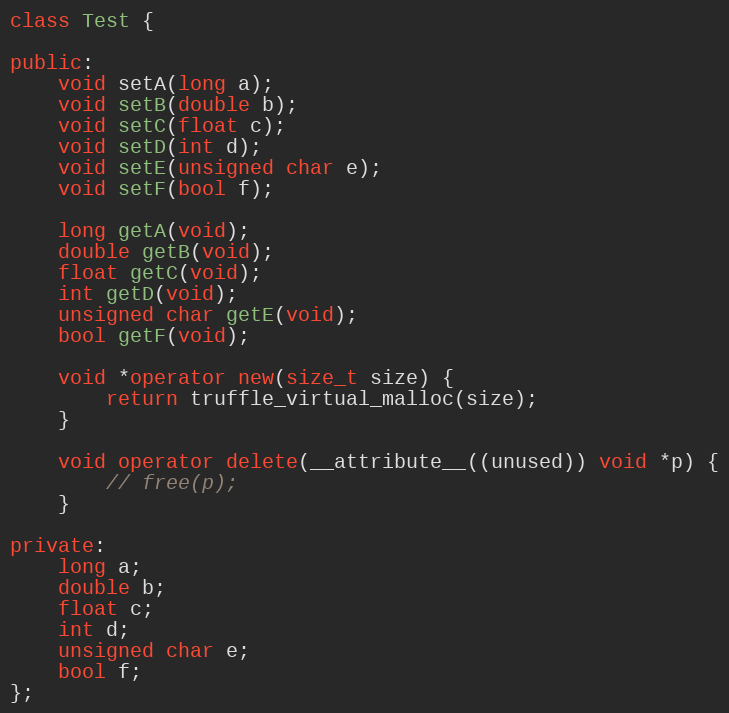
Language: C++
class Test {

public:
    void setA(long a);
    void setB(double b);
    void setC(float c);
    void setD(int d);
    void setE(unsigned char e);
    void setF(bool f);

    long getA(void);
    double getB(void);
    float getC(void);
    int getD(void);
    unsigned char getE(void);
    bool getF(void);

    void *operator new(size_t size) {
        return truffle_virtual_malloc(size);
    }

    void operator delete(__attribute__((unused)) void *p) {
        // free(p);
    }

private:
    long a;
    double b;
    float c;
    int d;
    unsigned char e;
    bool f;
};